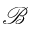
\mathcal { B }